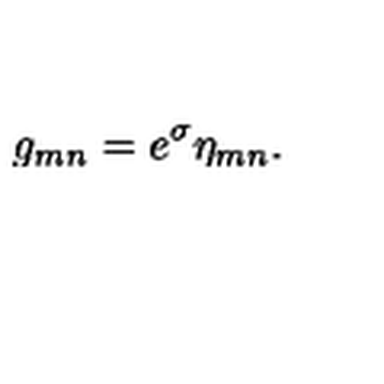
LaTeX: g _ { m n } = e ^ { \sigma } \eta _ { m n } .